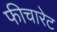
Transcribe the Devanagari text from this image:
फीचारेट